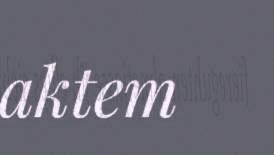
aktem